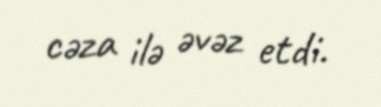
cəza ilə əvəz etdi.